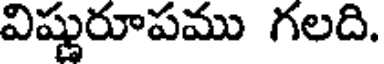
విష్ణురూపము గలది.